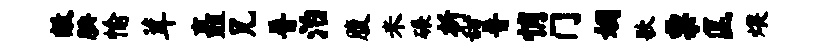
敝腆愉茸矗兄普治腹米碾析甜普悄门姻歌票匡煨